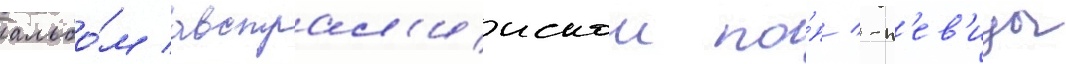
альбо́м австрал'иискои по́п/ -п'ев'ицы